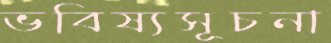
ভবিষ্যসূচনা